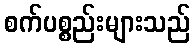
စက်ပစ္စည်းများသည်